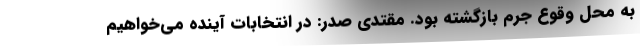
به محل وقوع جرم بازگشته بود. مقتدی صدر: در انتخابات آینده می‌خواهیم